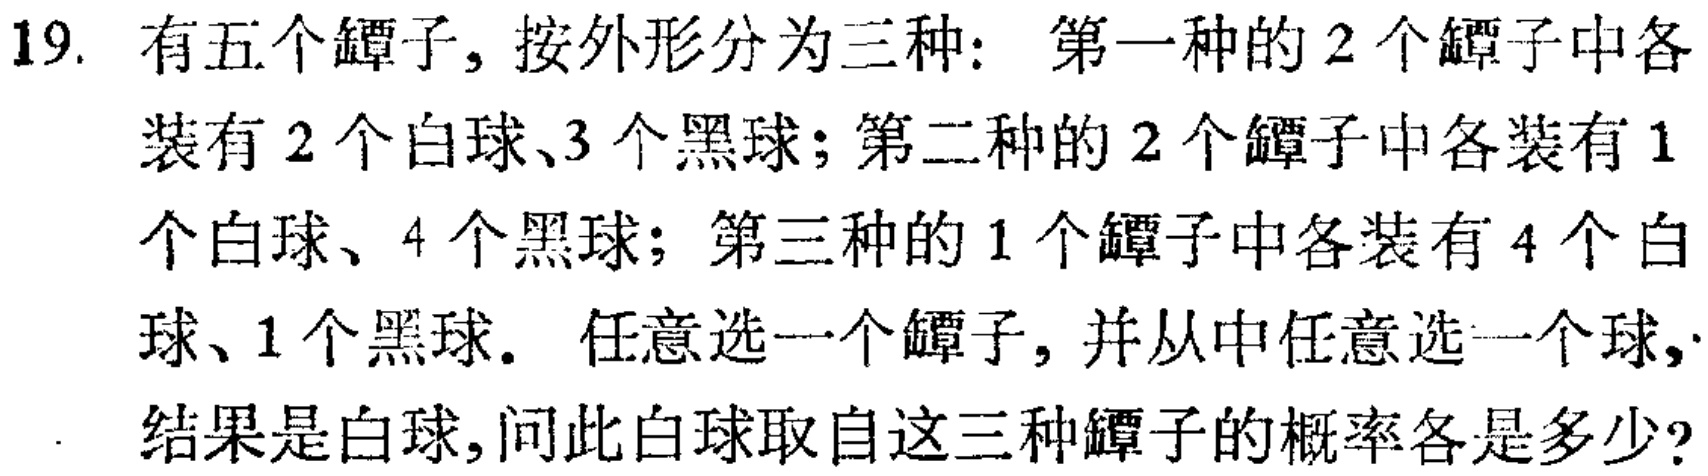
19. 有五个罐子，按外形分为三种：第一种的2个罐子中各

装有2个白球、3个黑球；第二种的2个罐子中各装有1

个白球、4个黑球；第三种的1个罐子中各装有4个白

球、1个黑球. 任意选一个罐子，并从中任意选一个球，

结果是白球，问此白球取自这三种罐子的概率各是多少?